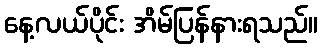
နေ့လယ်ပိုင်း အိမ်ပြန်နားရသည်။